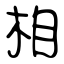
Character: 相